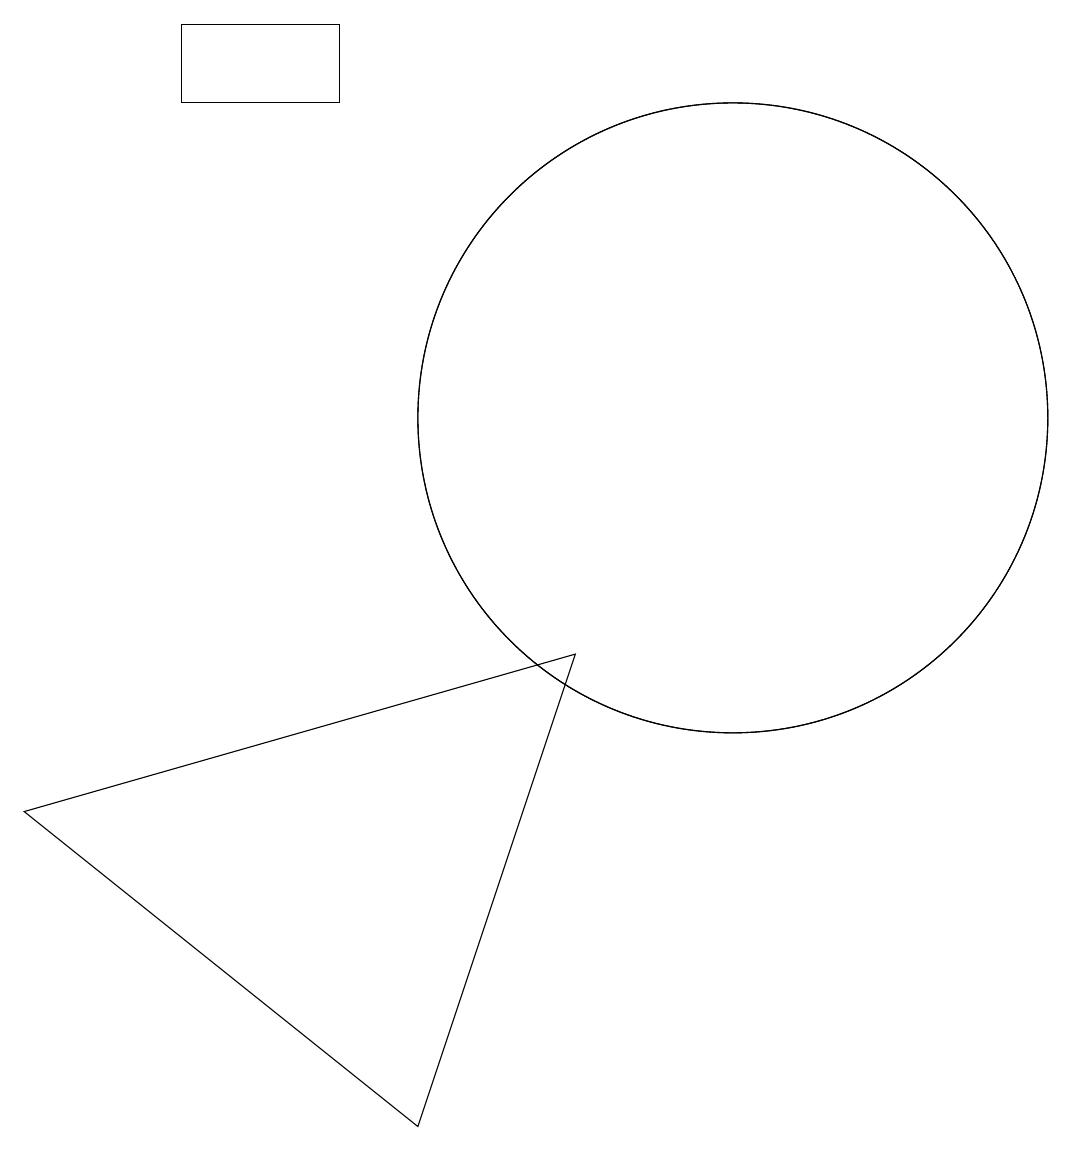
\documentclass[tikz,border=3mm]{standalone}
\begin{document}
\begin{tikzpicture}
\draw (3,15) rectangle (5,14);
\draw (10,10) circle (4);
\draw (6,1) -- (8,7) -- (1,5) -- cycle;
\draw (10,10) circle (4);
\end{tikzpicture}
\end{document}